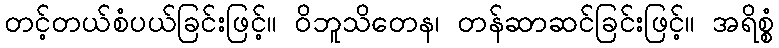
တင့်တယ်စံပယ်ခြင်းဖြင့်။ ဝိဘူသိတေန၊ တန်ဆာဆင်ခြင်းဖြင့်။ အရိစ္စံ